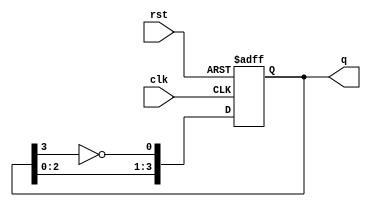
module johnson_counter (
    input wire clk,        // Clock input
    input wire rst,        // Reset input
    output reg [3:0] q     // 4-bit output
);

    // Asynchronous reset
    always @(posedge clk or posedge rst) begin
        if (rst) begin
            q <= 4'b0000; // Reset output to 0000
        end else begin
            // Johnson counter logic
            q[0] <= ~q[3]; // Invert the last flip-flop output for feedback
            q[1] <= q[0];  // Shift the current state to the right
            q[2] <= q[1];
            q[3] <= q[2];
        end
    end

endmodule